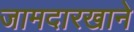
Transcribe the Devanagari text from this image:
जामदारखाने